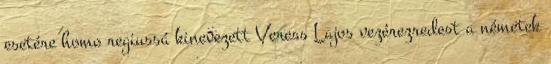
esetére homo regiussá kinevezett Veress Lajos vezérezredest a németek